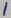
Text: 1